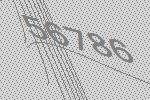
56786